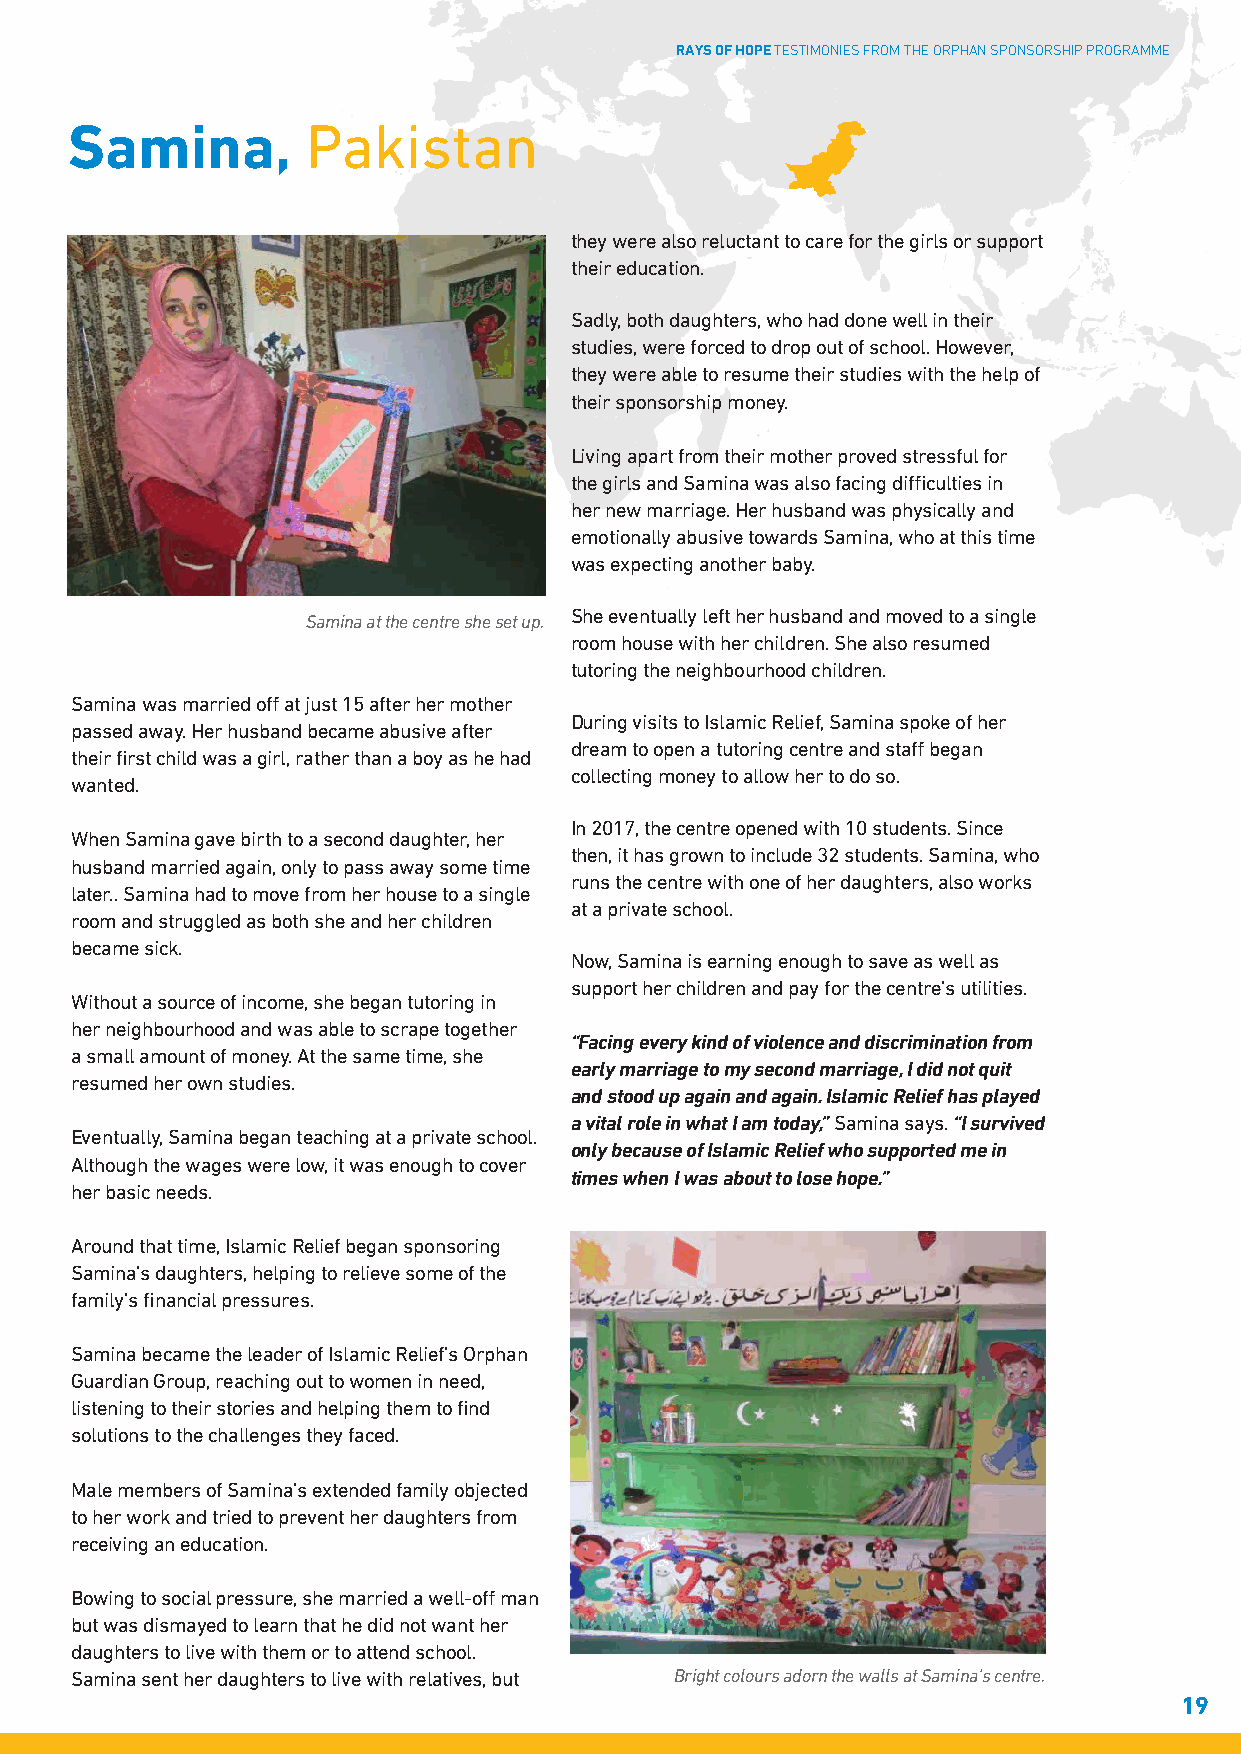
RAYS OF HOPE TESTIMONIES FROM THE ORPHAN SPONSORSHIP PROGRAMME
 Samina,         Pakistan
 they were also reluctant to care for the girls or support
 their education.
 Sadly, both daughters, who had done well in their
 studies, were forced to drop out of school. However,
 they were able to resume their studies with the help of
 their sponsorship money.
 Living apart from their mother proved stressful for
 the girls and Samina was also facing difficulties in
 her new marriage. Her husband was physically and
 emotionally abusive towards Samina, who at this time
 was expecting another baby.
 She eventually left her husband and moved to a single
 Samina at the centre she set up.
 room house with her children. She also resumed
 tutoring the neighbourhood children.
 Samina was married off at just 15 after her mother
 During visits to Islamic Relief, Samina spoke of her
 passed away. Her husband became abusive after
 dream to open a tutoring centre and staff began
 their first child was a girl, rather than a boy as he had
 collecting money to allow her to do so.
 wanted.
 In 2017, the centre opened with 10 students. Since
 When Samina gave birth to a second daughter, her
 then, it has grown to include 32 students. Samina, who
 husband married again, only to pass away some time
 runs the centre with one of her daughters, also works
 later.. Samina had to move from her house to a single
 at a private school.
 room and struggled as both she and her children
 became sick.
 Now, Samina is earning enough to save as well as
 support her children and pay for the centre’s utilities.
 Without a source of income, she began tutoring in
 her neighbourhood and was able to scrape together
 “Facing every kind of violence and discrimination from
 a small amount of money. At the same time, she
 early marriage to my second marriage, I did not quit
 resumed her own studies.
 and stood up again and again. Islamic Relief has played
 a vital role in what I am today,” Samina says. “I survived
 Eventually, Samina began teaching at a private school.
 only because of Islamic Relief who supported me in
 Although the wages were low, it was enough to cover
 times when I was about to lose hope.”
 her basic needs.
 Around that time, Islamic Relief began sponsoring
 Samina’s daughters, helping to relieve some of the
 family’s financial pressures.
 Samina became the leader of Islamic Relief’s Orphan
 Guardian Group, reaching out to women in need,
 listening to their stories and helping them to find
 solutions to the challenges they faced.
 Male members of Samina’s extended family objected
 to her work and tried to prevent her daughters from
 receiving an education.
 Bowing to social pressure, she married a well-off man
 but was dismayed to learn that he did not want her
 daughters to live with them or to attend school.
 Samina sent her daughters to live with relatives, but Bright colours adorn the walls at Samina’s centre.
 19